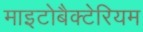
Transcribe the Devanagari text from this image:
माइटोबैक्टेरियम